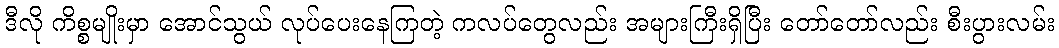
ဒီလို ကိစ္စမျိုးမှာ အောင်သွယ် လုပ်ပေးနေကြတဲ့ ကလပ်တွေလည်း အများကြီးရှိပြီး တော်တော်လည်း စီးပွားလမ်း